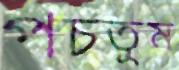
পচতুম